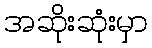
အဆိုးဆုံးမှာ